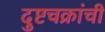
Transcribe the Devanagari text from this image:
दुष्टचक्रांची